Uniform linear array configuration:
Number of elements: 8
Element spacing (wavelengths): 0.5
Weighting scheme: kaiser
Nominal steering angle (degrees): -15
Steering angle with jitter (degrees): -13.214
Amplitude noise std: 0.05
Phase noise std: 0.05

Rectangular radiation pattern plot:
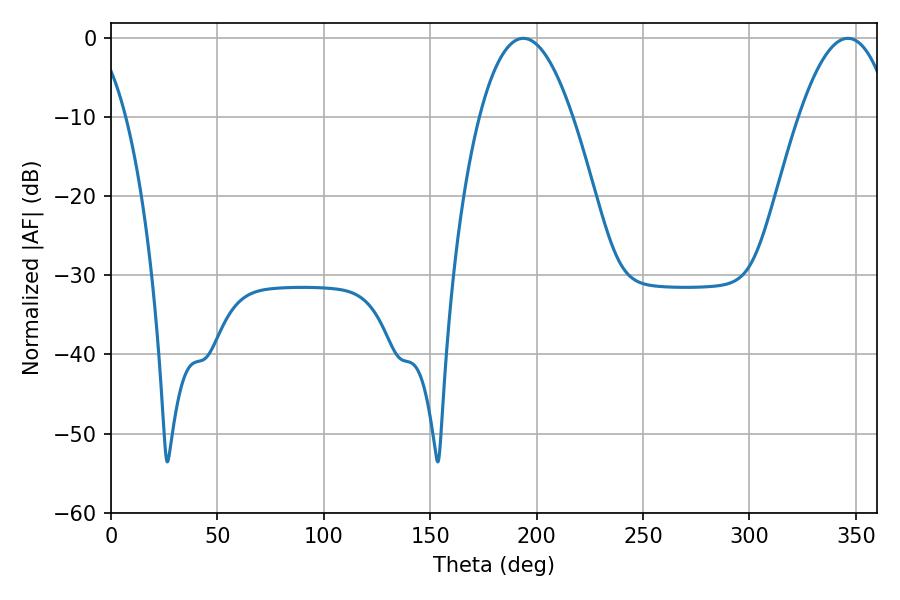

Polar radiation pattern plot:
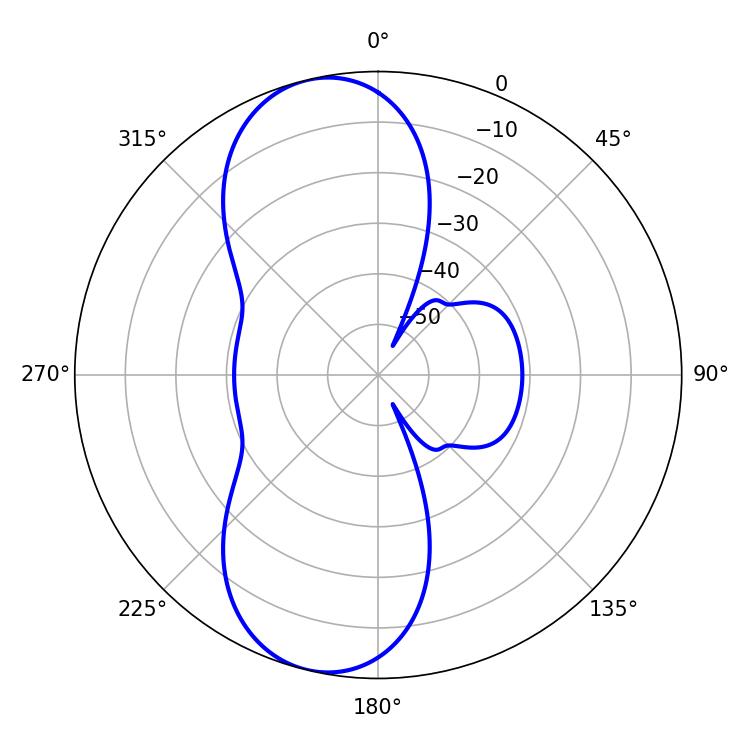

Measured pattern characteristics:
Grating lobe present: FALSE
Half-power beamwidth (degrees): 23.94
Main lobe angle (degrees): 193.68